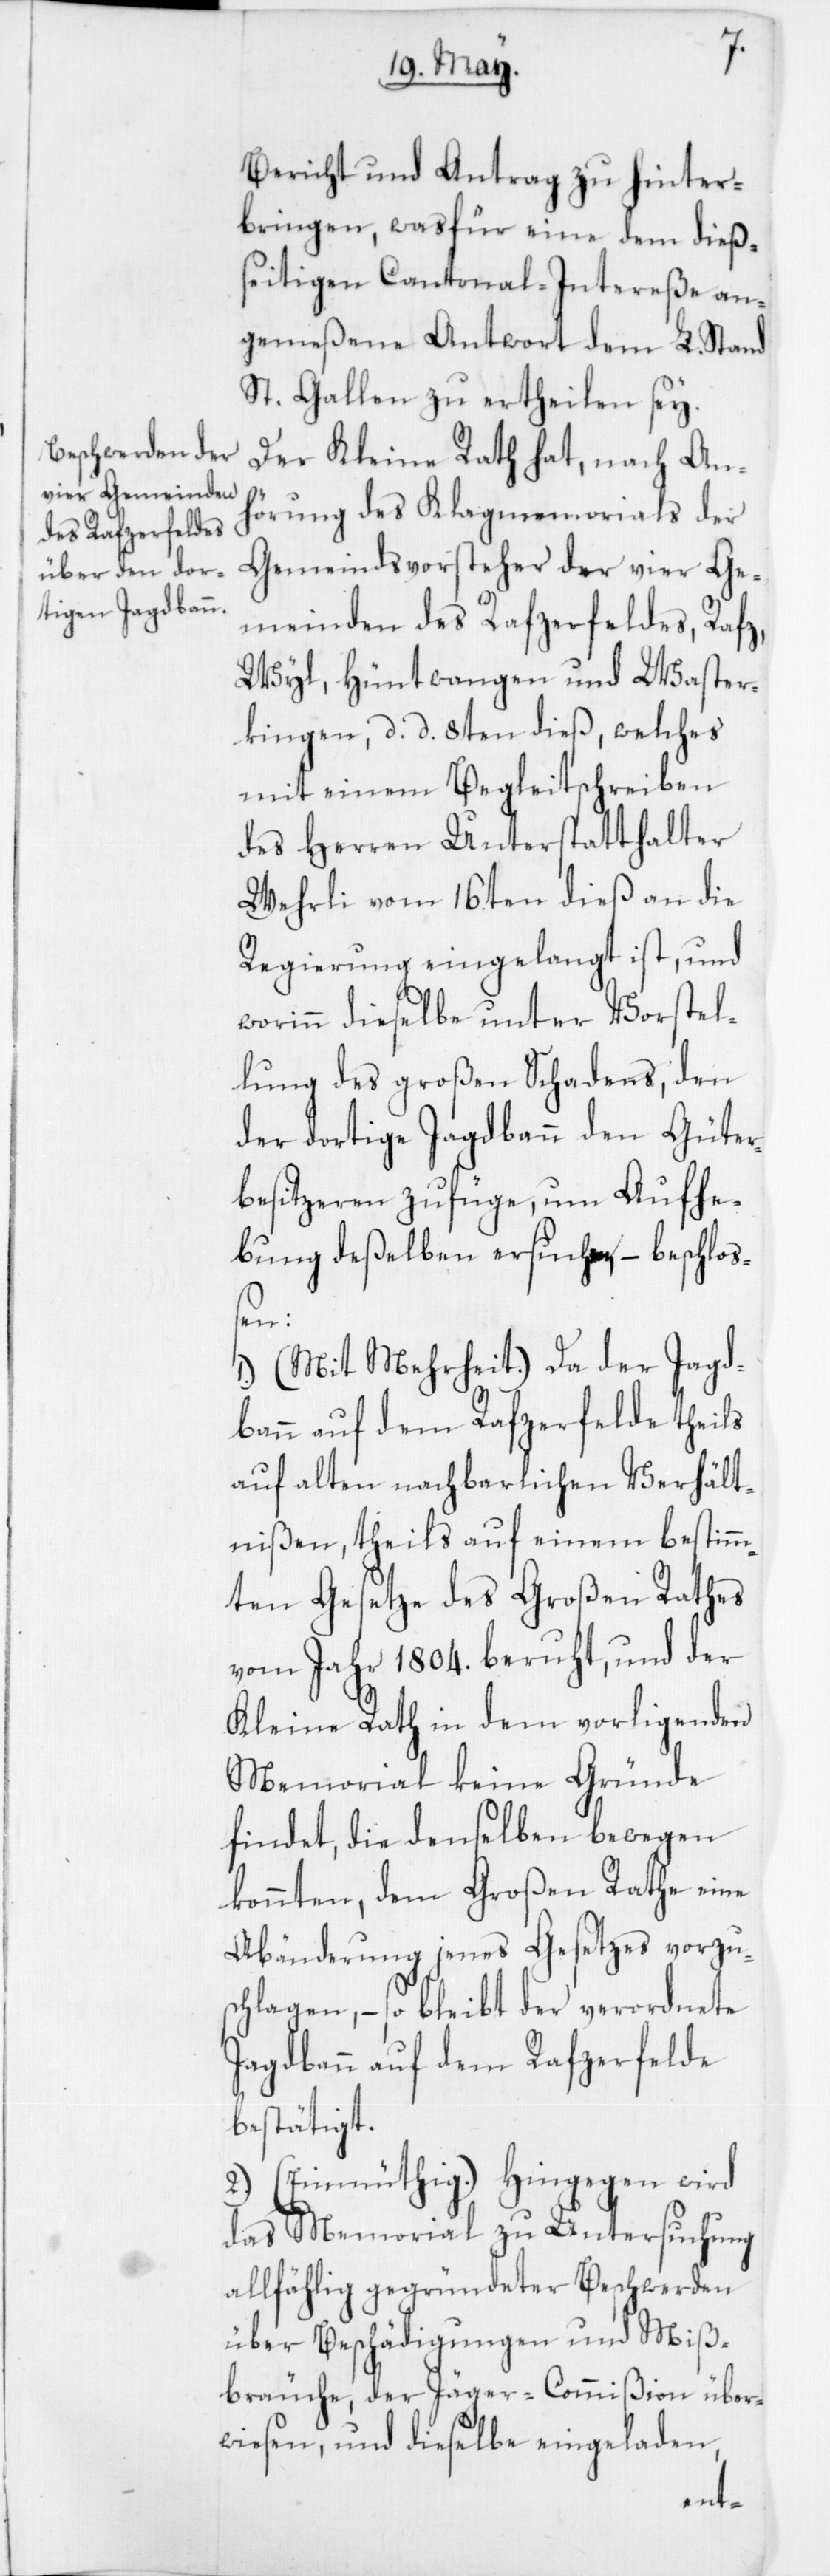
Bericht und Antrag zu hinter¬
bringen, was für eine dem dieß¬
eitigen Cantonal-Intereße an¬
gemeßene Antwort dem L. Stand
St. Gallen zu ertheilen sey.
Der Kleine Rath hat nach An¬
hörung des Klagmemorials der
Gemeindsvorsteher der vier Ge¬
meinden des Rafzerfeldes, Rafz,
Wyl, Hüntwangen und Waster¬
kingen, d. d. 8ten dieß, welches
mit einem Begleitschreiben
des Herren Unterstatthalter
Wehrli vom 16ten dieß an die
Regierung eingelangt ist, und
worinn dieselbe unter Vorstel¬
lung des großen Schadens, den
der dortige Jagdbann den Güter¬
besitzeren zufüge, um Aufhe¬
bung deßelben ersuchen, – beschloß¬
en:
1. (Mit Mehrheit.) Da der Jagd¬
bann auf dem Rafzerfelde theils
auf alten nachbarlichen Verhält¬
nißen, theils auf einem bestimm¬
ten Gesetze des Großen Rathes
vom Jahr 1804. beruht, und der
Kleine Rath in dem vorligenden
Memorial keine Gründe
findet, die denselben bewegen
konnten, dem Großen Rathe eine
Abänderung jenes Gesetzes vorzus¬
chlagen, – so bleibt der verordnete
Jagdbann auf dem Rafzerfelde
bestätigt.
2. (Einmüthig.) Hingegen wird
das Memorial zu Untersuchung
allfählig gegründeter Beschwerden
über Beschädigungen und Miß¬
bräuche, der Jäger-Commißion über¬
wiesen, und dieselbe eingeladen,